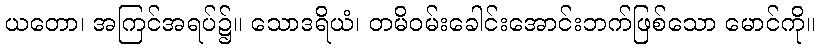
ယတော၊ အကြင်အရပ်၌။ သောဒရိယံ၊ တမိဝမ်းခေါင်းအောင်းဘက်ဖြစ်သော မောင်ကို။